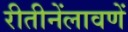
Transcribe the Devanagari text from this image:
रीतीनेंलावणें